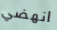
انهضي